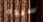
سيده